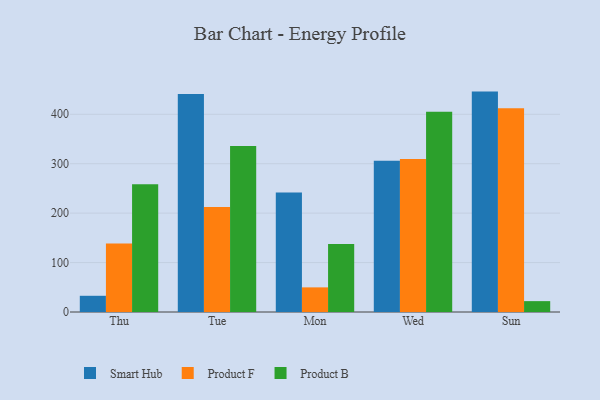
{"axis": {"x": "Day", "y": "Inventory Turnover"}, "legend": ["Product B", "Product F", "Smart Hub"], "data": [{"x": "Thu", "y": 32.8, "type": "Smart Hub"}, {"x": "Thu", "y": 138.6, "type": "Product F"}, {"x": "Thu", "y": 258.6, "type": "Product B"}, {"x": "Tue", "y": 441.0, "type": "Smart Hub"}, {"x": "Tue", "y": 212.6, "type": "Product F"}, {"x": "Tue", "y": 335.8, "type": "Product B"}, {"x": "Mon", "y": 241.8, "type": "Smart Hub"}, {"x": "Mon", "y": 49.8, "type": "Product F"}, {"x": "Mon", "y": 137.8, "type": "Product B"}, {"x": "Wed", "y": 305.9, "type": "Smart Hub"}, {"x": "Wed", "y": 309.6, "type": "Product F"}, {"x": "Wed", "y": 405.2, "type": "Product B"}, {"x": "Sun", "y": 445.9, "type": "Smart Hub"}, {"x": "Sun", "y": 412.0, "type": "Product F"}, {"x": "Sun", "y": 22.0, "type": "Product B"}]}